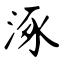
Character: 涿